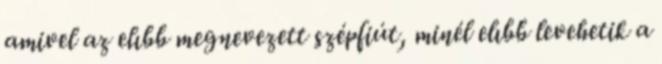
amivel az elıbb megnevezett szépfiút, minél elıbb levehetik a